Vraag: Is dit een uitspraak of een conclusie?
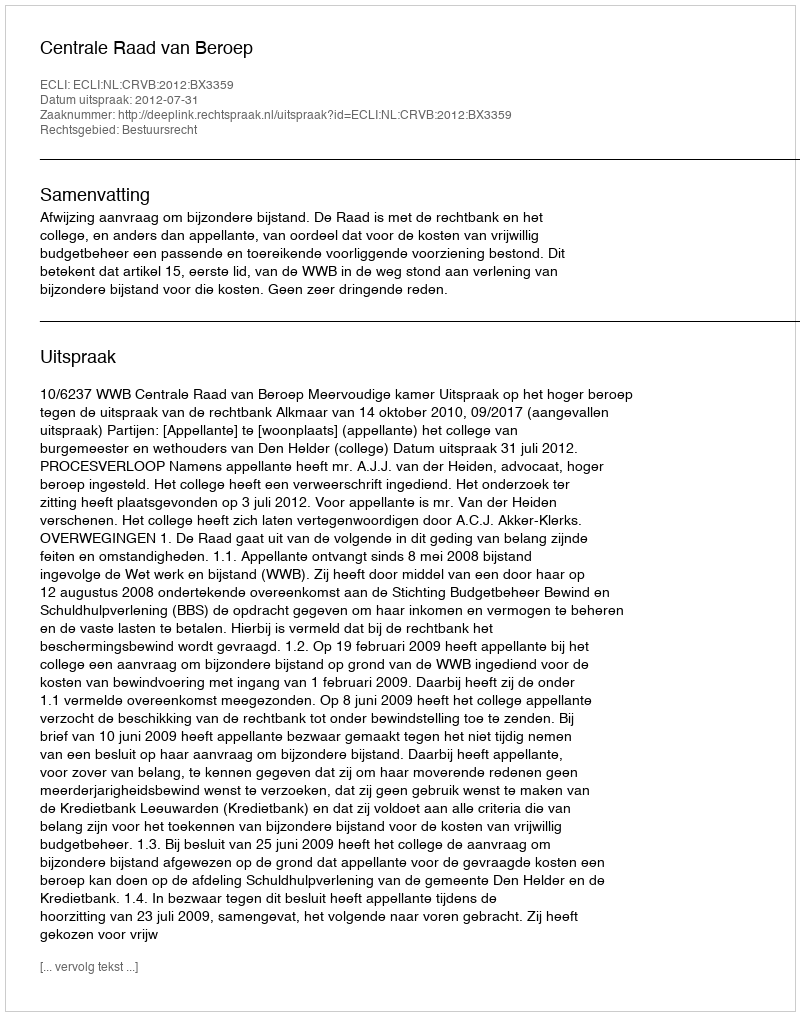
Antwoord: Uitspraak